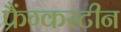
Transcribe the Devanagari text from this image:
फ्रैंग्कस्टीन